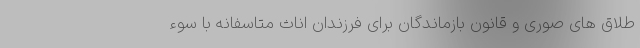
طلاق های صوری و قانون بازماندگان برای فرزندان اناث متاسفانه با سوء